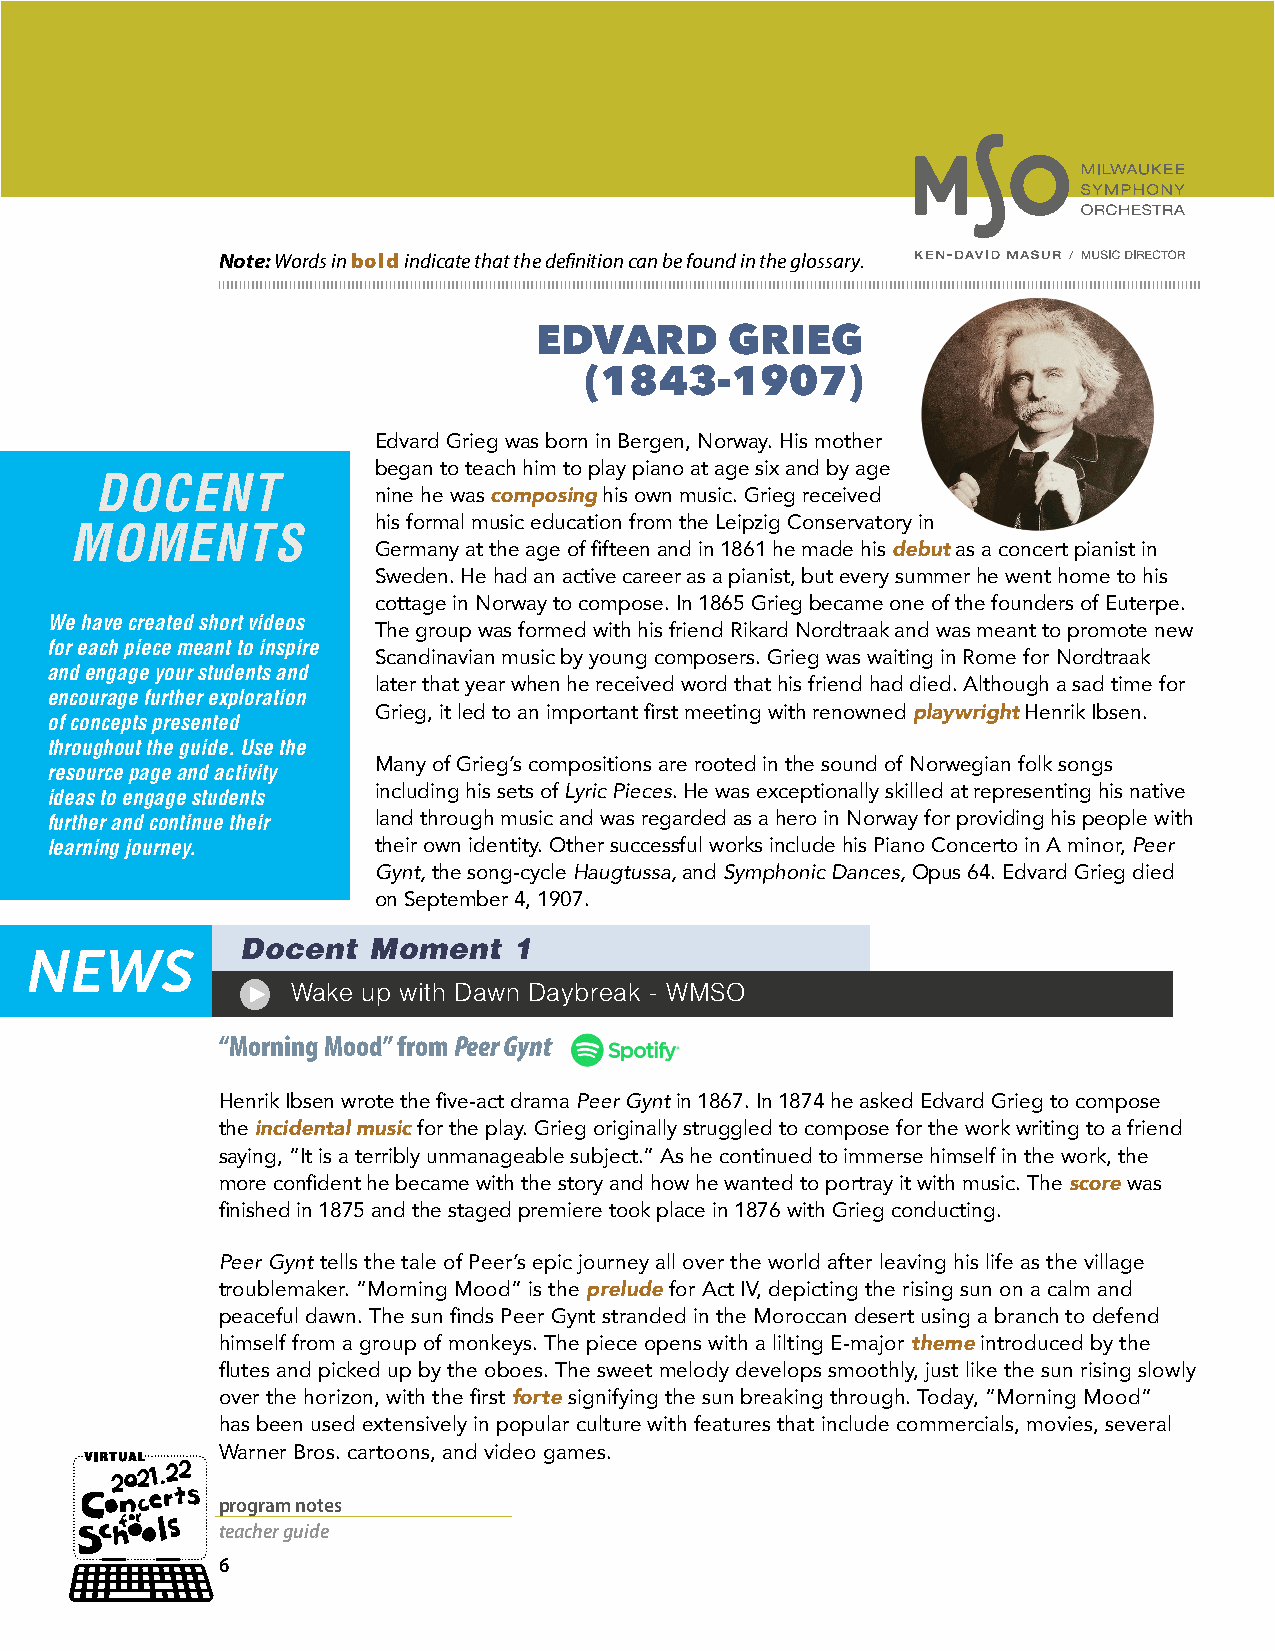
Note: Words in bold indicate that the definition can be found in the glossary.
 EDVARD      GRIEG
 (1843-1907)
 Edvard Grieg was born in Bergen, Norway. His mother
 began to teach him to play piano at age six and by age
 DOCENT
 nine he was composing his own music. Grieg received
 his formal music education from the Leipzig Conservatory in
 MOMENTS
 Germany at the age of fifteen and in 1861 he made his debut as a concert pianist in
 Sweden. He had an active career as a pianist, but every summer he went home to his
 cottage in Norway to compose. In 1865 Grieg became one of the founders of Euterpe.
 We have created short videos
 The group was formed with his friend Rikard Nordtraak and was meant to promote new
 for each piece meant to inspire
 Scandinavian music by young composers. Grieg was waiting in Rome for Nordtraak
 and engage your students and
 later that year when he received word that his friend had died. Although a sad time for
 encourage further exploration
 Grieg, it led to an important first meeting with renowned playwright Henrik Ibsen.
 of concepts presented
 throughout the guide. Use the
 Many of Grieg’s compositions are rooted in the sound of Norwegian folk songs
 resource page and activity
 ideas to engage students including his sets of Lyric Pieces. He was exceptionally skilled at representing his native
 further and continue their land through music and was regarded as a hero in Norway for providing his people with
 learning journey.     their own identity. Other successful works include his Piano Concerto in A minor, Peer
 Gynt, the song-cycle Haugtussa, and Symphonic Dances, Opus 64. Edvard Grieg died
 on September 4, 1907.
 Docent  Moment    1
 Wake up with Dawn Daybreak - WMSO
 “Morning Mood” from Peer Gynt
 Henrik Ibsen wrote the five-act drama Peer Gynt in 1867. In 1874 he asked Edvard Grieg to compose
 the incidental music for the play. Grieg originally struggled to compose for the work writing to a friend
 saying, “It is a terribly unmanageable subject.” As he continued to immerse himself in the work, the
 more confident he became with the story and how he wanted to portray it with music. The score was
 finished in 1875 and the staged premiere took place in 1876 with Grieg conducting.
 Peer Gynt tells the tale of Peer’s epic journey all over the world after leaving his life as the village
 troublemaker. “Morning Mood” is the prelude for Act IV, depicting the rising sun on a calm and
 peaceful dawn. The sun finds Peer Gynt stranded in the Moroccan desert using a branch to defend
 himself from a group of monkeys. The piece opens with a lilting E-major theme introduced by the
 flutes and picked up by the oboes. The sweet melody develops smoothly, just like the sun rising slowly
 over the horizon, with the first forte signifying the sun breaking through. Today, “Morning Mood”
 has been used extensively in popular culture with features that include commercials, movies, several
 Warner Bros. cartoons, and video games.
 program notes
 teacher guide
 6